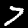
Digit: 7